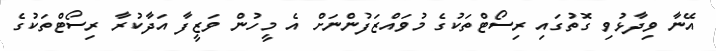
އޭނާ ވިދާޅުވި ގޮތުގައި ރިސޯޓްތަކުގެ މުވައްޒަފުންނަށް އެ މީހުން ވަޒީފާ އަދާކުރާ ރިސޯޓްތަކުގެ